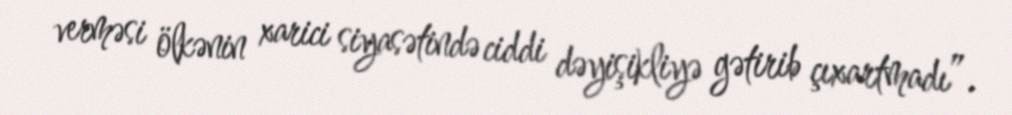
verməsi ölkənin xarici siyasətində ciddi dəyişikliyə gətirib çıxartmadı”.